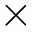
\times